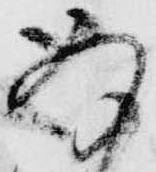
存